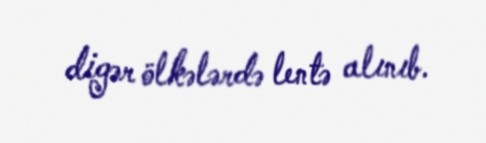
digər ölkələrdə lentə alınıb.